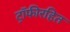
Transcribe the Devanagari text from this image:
ट्रॉफीरहित